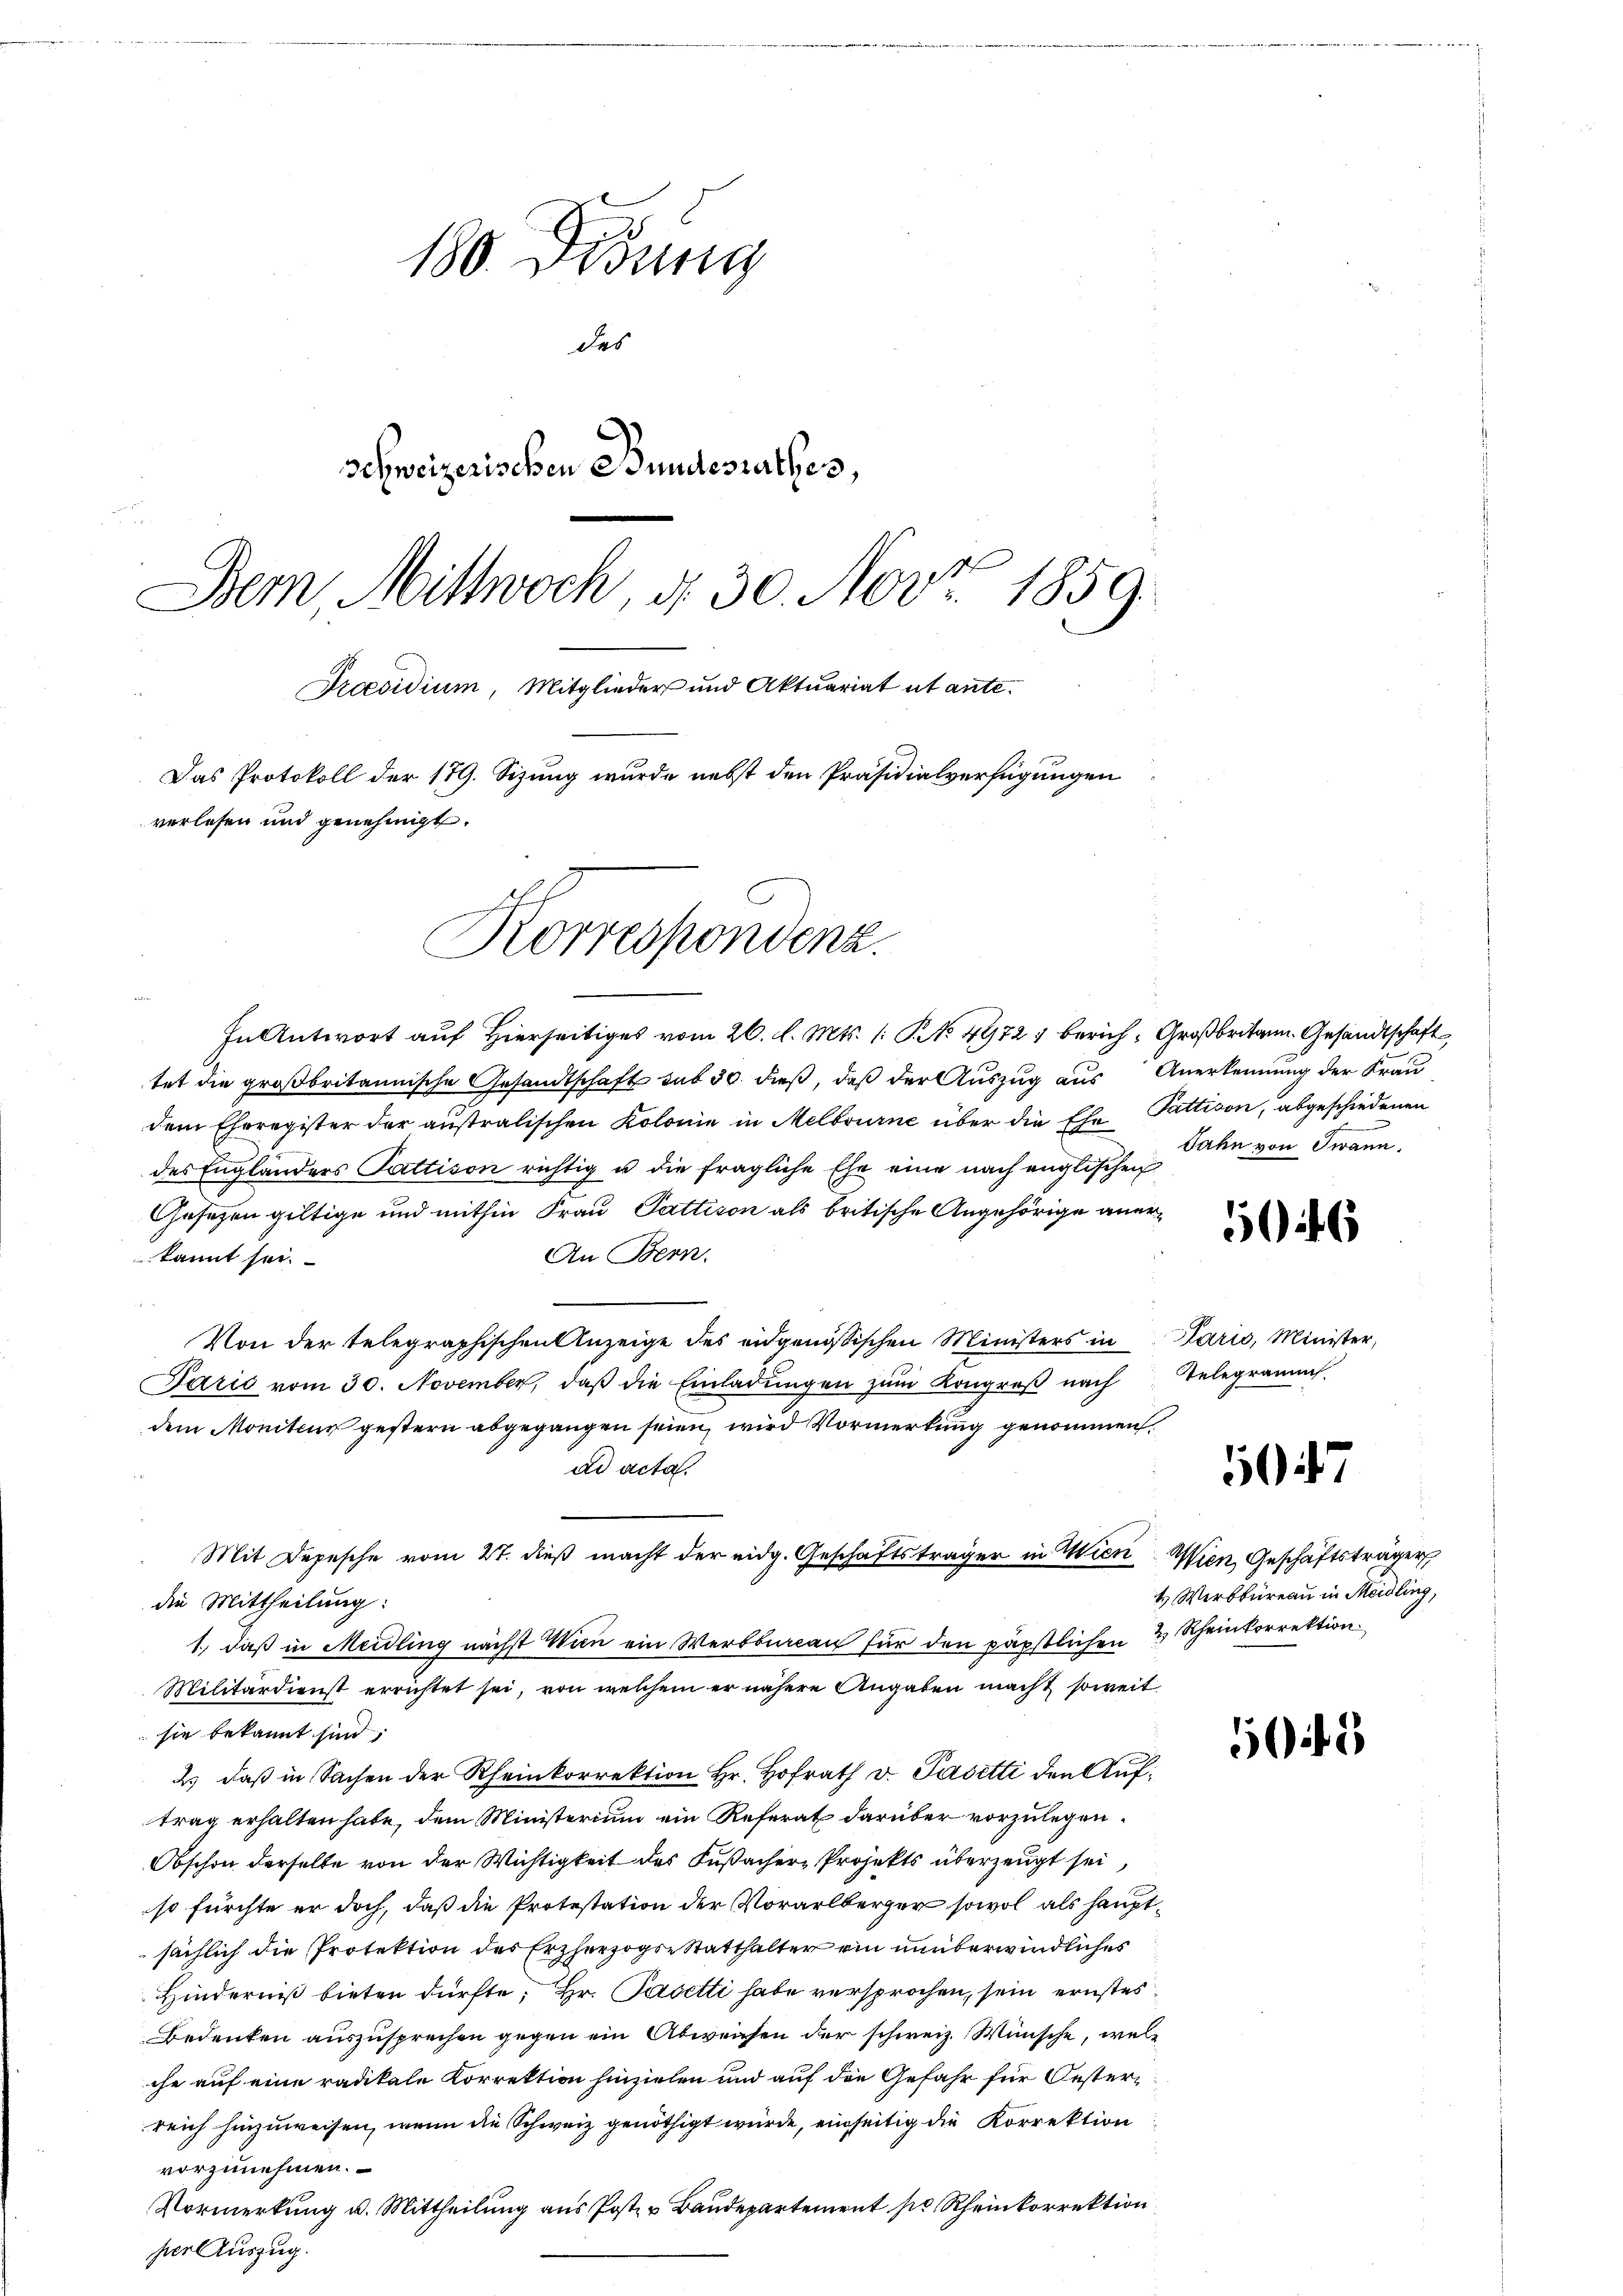
180. Didung
des
Schweizerischen Bundesrathes,
Dem Mittwoch, d. 30. Nov. 1859.
Praesidium, Mitglieder und Aktuariat ut ante¬
Das Protokoll der 179. Sizung wurde nebst den Präsidialverfügungen
verlesen und genehmigt.
Korrespondenz.

In Antwort auf Hierseitiges vom 26. d. Mts. (: No 4972, Zürich, Großbritann. Gesandtschaft

1., daß in Meidling nächst Wien ein Werbbureau für den päpstlichen 2 Rheinkorrektion

tet die großbritannische Gesandtschaft sub 30 dieß, daß der Auszug aus Anerkennung der Frau
dem Eheregister der ausralischen Kolonie in Melbourne über die Ehe Pattison, abgeschiedenen
des Engländers Gattison richtig u die fragliche Ehe eine nach englischen
Gesetzen giltige und mithin Frau Sattison als britische Angehörige aner¬
An Bern.
kannt sei.
e
Von der telegraphischen Anzeige des eidgenössischen Ministers in Paris, Minister,
Paris vom 30. November, daβ die Einladŭngen zŭm Kongreß nach telegramm
dem Moniteur gestern abgegangen seien, wird Vormerkung genommen,
ad acta.
Mit Depesche vom 27. dieß macht der eidg. Geschäftsträger in Wien Wien, Geschäftsträger
die Mittheilung:
Militärdienst errichtet sei, von welchem er nähere Angaben macht soweit
sie bekannt sind;
2. daß in Sachen der Rheinkorrektion Hr. Hofrat v. Pasetti den Auftrag erhalten habe, dem Ministerium ein Referat darüber vorzulegen.
Obschon derselbe von der Wichtigkeit des Fußacher Projekts überzeugt sei,
so fürchte er doch, daß die Protestation der Vorarlberger sowol als hauptsächlich die Protektion des Erzherzogs-Statthalter ein unüberwindliches
Hinderniß bieten dürfte, Hr. Pasetti habe versprochen, sein ernstes
Bedenken auszusprechen gegen ein Abweichen der schweiz. Wünsche, welche auf eine radikale Korrektion hinzielen und auf die Gefahr für Oesterreich hinzuweisen, wenn die Schweiz genöthigt würde, einseitig die Korrektion
vorzunehmen.
Vormerkung u. Mittheilung aus Post u Baudepartement pr Rheinkorrektion
per Auszug.

Jahn von Twann.

6

047

50

4 Werkbüreau in Meidling,